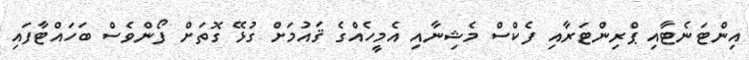
އިންޓަނެޓާއި ޕްރިންޓަރާއި ފެކްސް މެޝިނާއި އެމީހެއްގެ ޤައުމަށް ގުޅޭ ގޮތަށް ފޯންވެސް ބަހައްޓާފައި